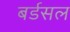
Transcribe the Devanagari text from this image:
बर्डसल